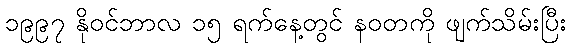
၁၉၉၇ နိုဝင်ဘာလ ၁၅ ရက်နေ့တွင် နဝတကို ဖျက်သိမ်းပြီး